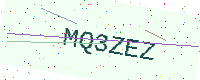
Text: MQ3ZEZ